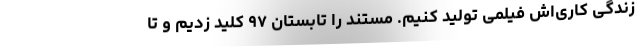
زندگی کاری‌‌اش فیلمی تولید کنیم. مستند را تابستان ۹۷ کلید زدیم و تا